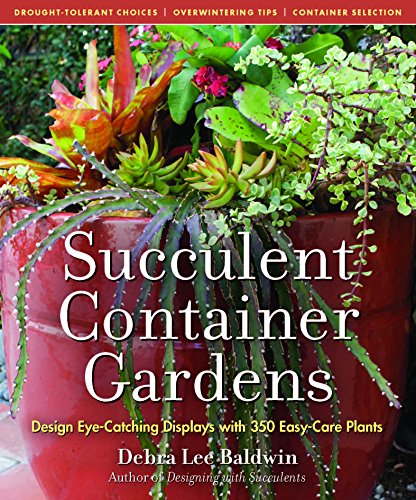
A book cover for Succulent Container Gardens: Design Eye-Catching Displays with 350 Easy-Care Plants; Debra  Lee Baldwin; Crafts, Hobbies & Home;